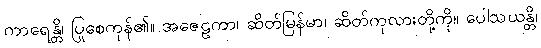
ကာရေန္တိ၊ ပြုစေကုန်၏။ အဇေဠကာ၊ ဆိတ်မြန်မာ၊ ဆိတ်ကုလားတို့ကို။ ပေါသယန္တိ၊